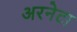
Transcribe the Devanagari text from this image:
अरनेटा